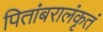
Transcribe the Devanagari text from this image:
पितांबरालंकृतं